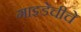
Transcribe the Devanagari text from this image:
गाइडेचीचे